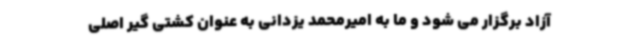
آزاد برگزار می شود و ما به امیرمحمد یزدانی به عنوان کشتی گیر اصلی